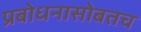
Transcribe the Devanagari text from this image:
प्रबोधनासोबतच